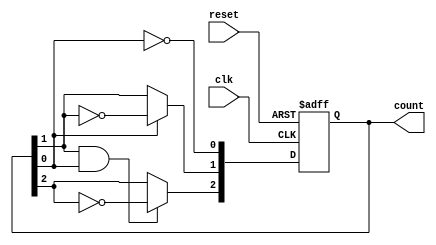
module async_counter (
    input wire clk,         // Clock input
    input wire reset,       // Asynchronous reset input
    output reg [2:0] count  // 3-bit output for the counter
);

// Always block for the counter operation
always @(posedge clk or posedge reset) begin
    if (reset) begin
        count <= 3'b000;  // Reset the counter to 0
    end else begin
        // T flip-flop behavior: Toggle the count
        count[0] <= ~count[0]; // Toggle LSB on every clock pulse
        count[1] <= count[0] ? ~count[1] : count[1]; // Toggle next bit on LSB transition
        count[2] <= count[1] & count[0] ? ~count[2] : count[2]; // Toggle MSB on transition of count[1] and count[0]
    end
end

endmodule